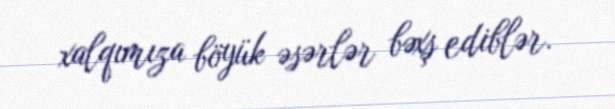
xalqımıza böyük əsərlər bəxş ediblər.